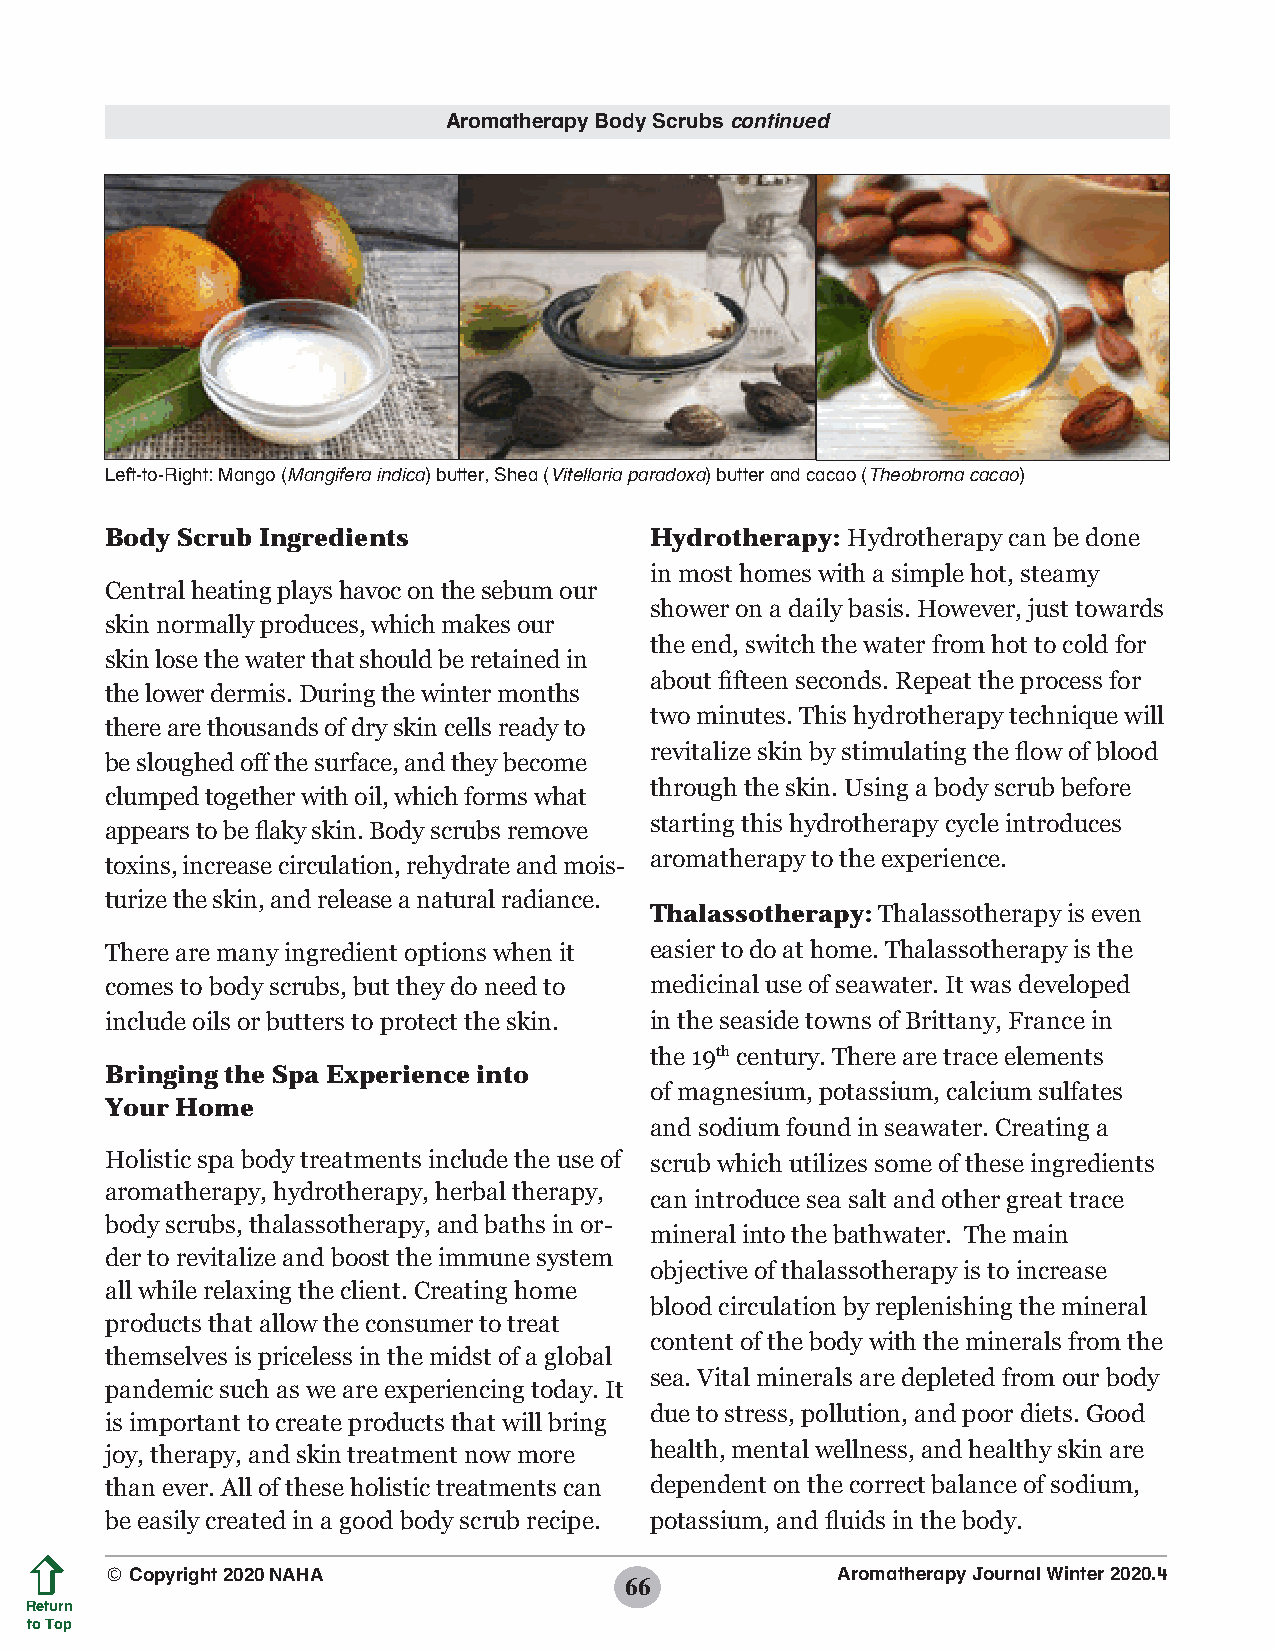
Aromatherapy Body Scrubs continued
 Left-to-Right: Mango (Mangifera indica) butter, Shea (Vitellaria paradoxa) butter and cacao (Theobroma cacao)
 Body Scrub Ingredients              Hydrotherapy: Hydrotherapy can be done
 in most homes with a simple hot, steamy
 Central heating plays havoc on the sebum our
 shower on a daily basis. However, just towards
 skin normally produces, which makes our
 the end, switch the water from hot to cold for
 skin lose the water that should be retained in
 about fifteen seconds. Repeat the process for
 the lower dermis. During the winter months
 two minutes. This hydrotherapy technique will
 there are thousands of dry skin cells ready to
 revitalize skin by stimulating the flow of blood
 be sloughed off the surface, and they become
 through the skin. Using a body scrub before
 clumped together with oil, which forms what
 starting this hydrotherapy cycle introduces
 appears to be flaky skin. Body scrubs remove
 aromatherapy to the experience.
 toxins, increase circulation, rehydrate and mois-
 turize the skin, and release a natural radiance.
 Thalassotherapy: Thalassotherapy is even
 There are many ingredient options when it easier to do at home. Thalassotherapy is the
 comes to body scrubs, but they do need to medicinal use of seawater. It was developed
 include oils or butters to protect the skin. in the seaside towns of Brittany, France in
 the 19th century. There are trace elements
 Bringing the Spa Experience into
 of magnesium, potassium, calcium sulfates
 Your Home
 and sodium found in seawater. Creating a
 Holistic spa body treatments include the use of scrub which utilizes some of these ingredients
 aromatherapy, hydrotherapy, herbal therapy,
 can introduce sea salt and other great trace
 body scrubs, thalassotherapy, and baths in or-
 mineral into the bathwater. The main
 der to revitalize and boost the immune system
 objective of thalassotherapy is to increase
 all while relaxing the client. Creating home
 blood circulation by replenishing the mineral
 products that allow the consumer to treat
 content of the body with the minerals from the
 themselves is priceless in the midst of a global
 sea. Vital minerals are depleted from our body
 pandemic such as we are experiencing today. It
 due to stress, pollution, and poor diets. Good
 is important to create products that will bring
 joy, therapy, and skin treatment now more health, mental wellness, and healthy skin are
 than ever. All of these holistic treatments can dependent on the correct balance of sodium,
 be easily created in a good body scrub recipe. potassium, and fluids in the body.
 © Copyright 2020 NAHA                           Aromatherapy Journal Winter 2020.4
 66
 Return
 to Top
 